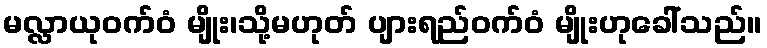
မလ္လာယုဝက်ဝံ မျိုး၊သို့မဟုတ် ပျားရည်ဝက်ဝံ မျိုးဟုခေါ်သည်။